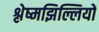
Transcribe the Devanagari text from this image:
श्लेष्मझिल्लियों